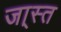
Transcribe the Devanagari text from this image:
जा्स्त